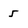
Character: 5